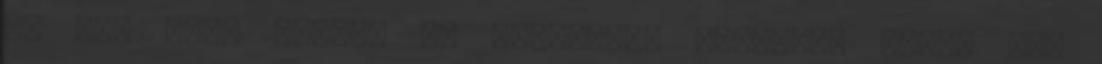
jó egy tuti tippet és megoldást találni, netán egy